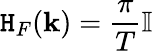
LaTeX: \mathtt{H}_{F}({\mathbf{k}})=\frac{{\pi}}{{T}}\mathbb{{I}}